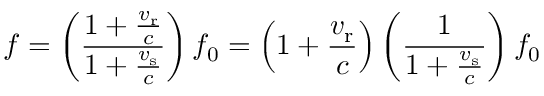
f = \left( { \frac { 1 + { \frac { v _ { \mathrm { r } } } { c } } } { 1 + { \frac { v _ { \mathrm { s } } } { c } } } } \right) f _ { 0 } = \left( 1 + { \frac { v _ { \mathrm { r } } } { c } } \right) \left( { \frac { 1 } { 1 + { \frac { v _ { \mathrm { s } } } { c } } } } \right) f _ { 0 }